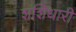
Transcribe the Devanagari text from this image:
शशिधारी